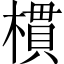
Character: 樌